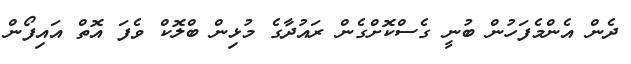
ދެން އެންމެފަހުން ބުނީ ގެސްކޮށްގެން ރައުދާގެ މުޅިން ބްލޮކް ވެފަ އޮތް އައިފޯން